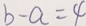
b - a = 4